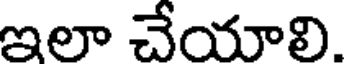
ఇలా చేయాలి.